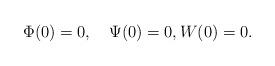
LaTeX: \begin{align*} \Phi(0)=0,\quad\Psi(0)=0,W(0)=0.\end{align*}